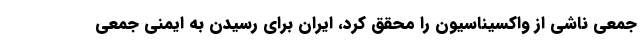
جمعی ناشی از واکسیناسیون را محقق کرد، ایران برای رسیدن به ایمنی جمعی